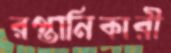
রপ্তানিকারী